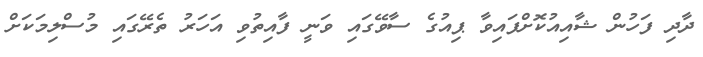
ދާދި ފަހުން ޝާއިއުކޮށްފައިވާ ޕިއުގެ ސާވޭގައި ވަނީ ފާއިތުވި އަހަރު ތެރޭގައި މުސްލިމަކަށް